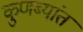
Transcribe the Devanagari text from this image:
कुणब्यांत